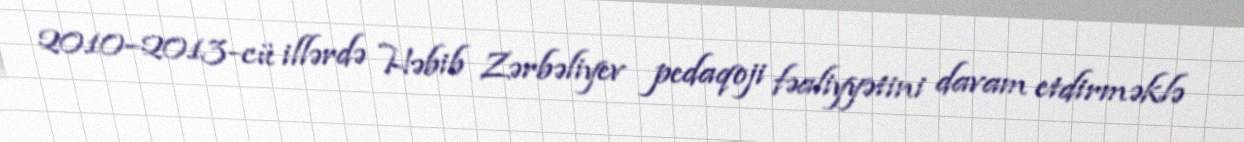
2010–2013-cü illərdə Həbib Zərbəliyev pedaqoji fəaliyyətini davam etdirməklə